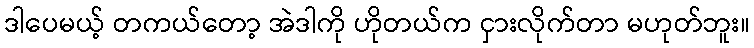
ဒါပေမယ့် တကယ်တော့ အဲဒါကို ဟိုတယ်က ငှားလိုက်တာ မဟုတ်ဘူး။